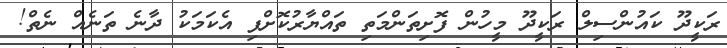
ރަކީދޫ ކައުންސިލް ރަކީދޫ މީހުން ފޮށިތަންމަތި ތައްޔާރުކޮށްފި އެކަމަކު ދާނެ ތަނެއް ނެތް!